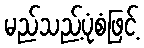
မည်သည့်ပုံစံဖြင့်